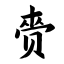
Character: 赍